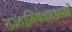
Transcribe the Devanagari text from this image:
राज्याभिषेकाआधी